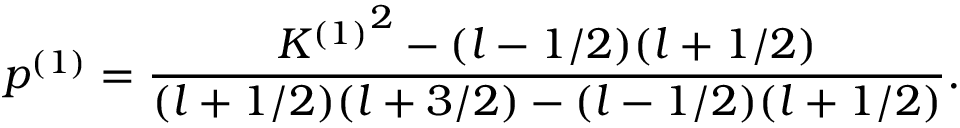
p ^ { ( 1 ) } = \frac { { K ^ { ( 1 ) } } ^ { 2 } - ( l - 1 / 2 ) ( l + 1 / 2 ) } { ( l + 1 / 2 ) ( l + 3 / 2 ) - ( l - 1 / 2 ) ( l + 1 / 2 ) } .